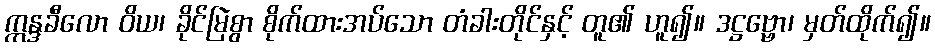
ဣန္ဒခီလော ဝိယ၊ ခိုင်မြဲစွာ စိုက်ထားအပ်သော တံခါးတိုင်နှင့် တူ၏ ဟူ၍။ ဒဋ္ဌဗ္ဗော၊ မှတ်ထိုက်၍။